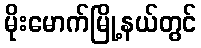
မိုးမောက်မြို့နယ်တွင်